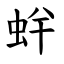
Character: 䖫